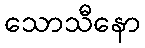
သောသီနော